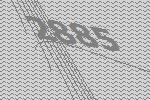
2885